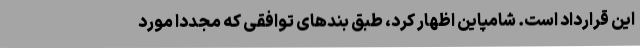
این قرارداد است. شامپاین اظهار کرد، طبق بندهای توافقی که مجددا مورد